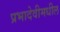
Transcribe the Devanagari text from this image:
प्रभादेवीमधील